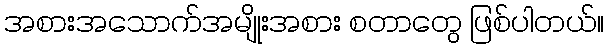
အစားအသောက်အမျိုးအစား စတာတွေ ဖြစ်ပါတယ်။